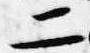
二